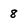
Character: 8